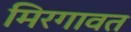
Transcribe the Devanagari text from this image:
मिरगावत